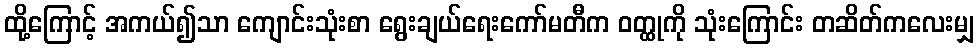
ထို့ကြောင့် အကယ်၍သာ ကျောင်းသုံးစာ ရွေးချယ်ရေးကော်မတီက ဝတ္ထုကို သုံးကြောင်း တဆိတ်ကလေးမျှ